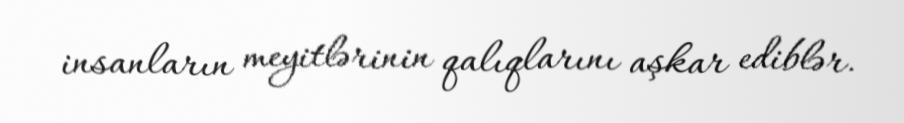
insanların meyitlərinin qalıqlarını aşkar ediblər.